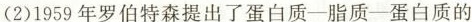
(2)1959年罗伯特森提出了蛋白质-脂质-蛋白质的